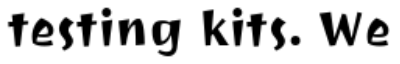
testing kits. We